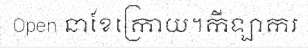
Open នាខែក្រោយ។កីឡាករ